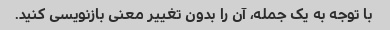
با توجه به یک جمله، آن را بدون تغییر معنی بازنویسی کنید.